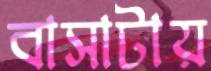
বাসাটায়